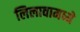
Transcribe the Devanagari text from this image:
लिलावामध्ये